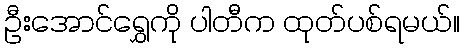
ဦးအောင်ရွှေကို ပါတီက ထုတ်ပစ်ရမယ်။